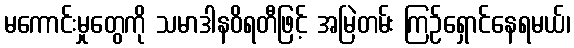
မကောင်းမှုတွေကို သမာဒါနဝိရတီဖြင့် အမြဲတမ်း ကြဉ်ရှောင်နေရမယ်၊